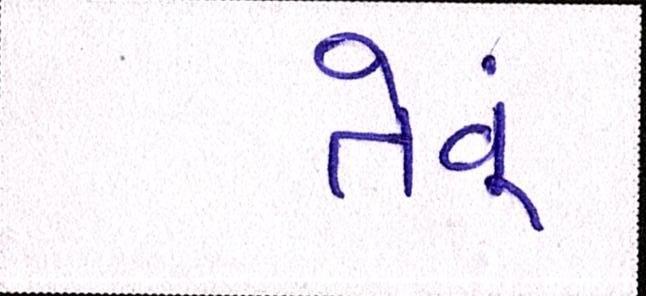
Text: તેવૂં